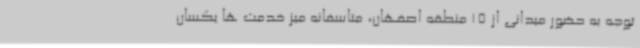
توجه به حضور میدانی از 15 منطقه اصفهان، متاسفانه میز خدمت ها یکسان